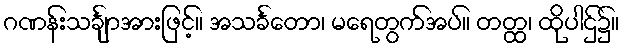
ဂဏန်းသင်္ချာအားဖြင့်။ အသင်္ခတော၊ မရေတွက်အပ်။ တတ္ထ၊ ထိုပါဌ်၌။